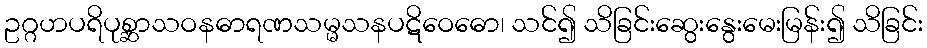
ဥဂ္ဂဟပရိပုစ္ဆာသဝနဓာရဏသမ္မသနပဋိဝေဓော၊ သင်၍ သိခြင်းဆွေးနွေးမေးမြန်း၍ သိခြင်း